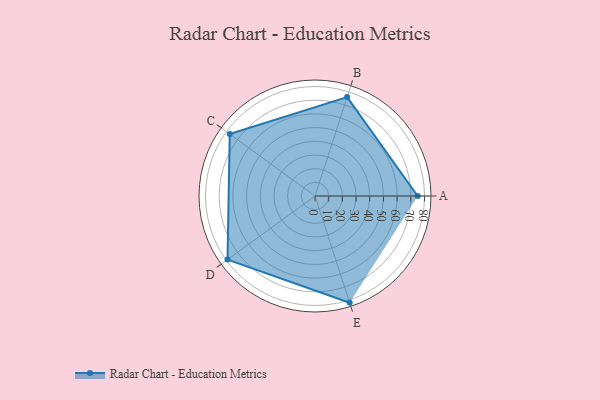
{"axis": {"x": "Skill", "y": "Score"}, "legend": ["Profile"], "data": [{"x": "A", "y": 75.0, "type": "Profile"}, {"x": "B", "y": 76.0, "type": "Profile"}, {"x": "C", "y": 77.0, "type": "Profile"}, {"x": "D", "y": 79.0, "type": "Profile"}, {"x": "E", "y": 82.0, "type": "Profile"}]}